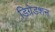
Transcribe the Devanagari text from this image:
डिग्रेडशन